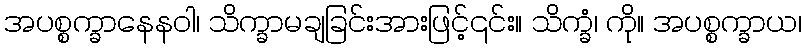
အပစ္စက္ခာနေနဝါ၊ သိက္ခာမချခြင်းအားဖြင့်၎င်း။ သိက္ခံ၊ ကို။ အပစ္စက္ခာယ၊